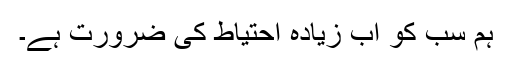
ہم سب کو اب زیادہ احتیاط کی ضرورت ہے۔